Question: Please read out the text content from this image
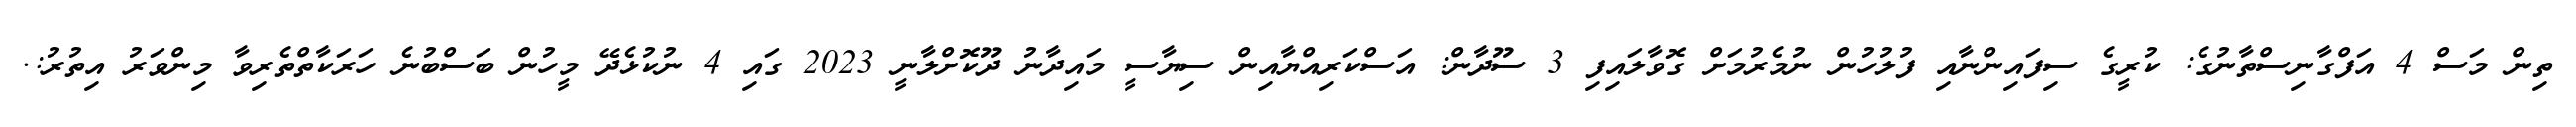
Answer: ތިން މަސް 4 އަފްގާނިސްތާނުގެ: ކުރީގެ ސިފައިންނާއި ފުލުހުން ނުމެރުމަށް ގޮވާލައިފި 3 ސޫދާން: އަސްކަރިއްޔާއިން ސިޔާސީ މައިދާނު ދޫކޮށްލާނީ 2023 ގައި 4 ނުކުޅެދޭ މީހުން ބަސްބުނެ ހަރަކާތްތެރިވާ މިންވަރު އިތުރު:.